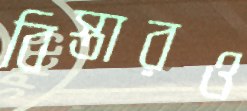
বিস্তারও